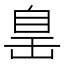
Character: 𦤍